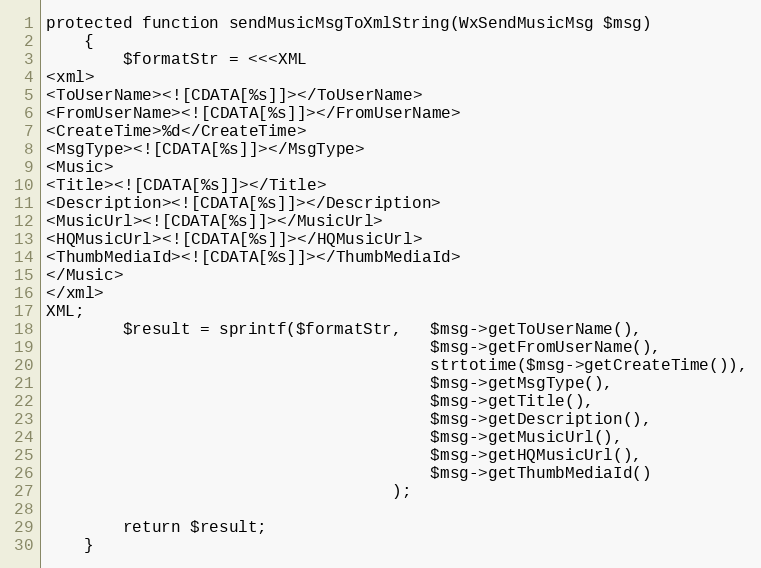
Language: PHP
protected function sendMusicMsgToXmlString(WxSendMusicMsg $msg)
    {
        $formatStr = <<<XML
<xml>
<ToUserName><![CDATA[%s]]></ToUserName>
<FromUserName><![CDATA[%s]]></FromUserName>
<CreateTime>%d</CreateTime>
<MsgType><![CDATA[%s]]></MsgType>
<Music>
<Title><![CDATA[%s]]></Title>
<Description><![CDATA[%s]]></Description>
<MusicUrl><![CDATA[%s]]></MusicUrl>
<HQMusicUrl><![CDATA[%s]]></HQMusicUrl>
<ThumbMediaId><![CDATA[%s]]></ThumbMediaId>
</Music>
</xml>
XML;
        $result = sprintf($formatStr,   $msg->getToUserName(),
                                        $msg->getFromUserName(),
                                        strtotime($msg->getCreateTime()),
                                        $msg->getMsgType(),
                                        $msg->getTitle(),
                                        $msg->getDescription(),
                                        $msg->getMusicUrl(),
                                        $msg->getHQMusicUrl(),
                                        $msg->getThumbMediaId()
                                    );

        return $result;
    }